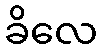
ခိလေ